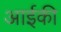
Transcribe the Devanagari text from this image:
आईकी